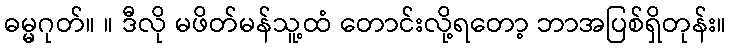
ဓမ္မဂုတ်။ ။ ဒီလို မဖိတ်မန်သူ့ထံ တောင်းလို့ရတော့ ဘာအပြစ်ရှိတုန်း။